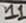
Text: 11